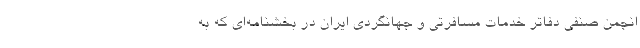
انجمن صنفی دفاتر خدمات مسافرتی و جهانگردی ایران در بخشنامه‌ای که به